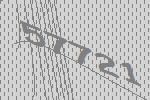
57721